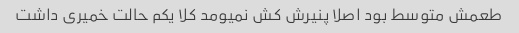
طعمش متوسط بود اصلا پنیرش کش نمیومد کلا یکم حالت خمیری داشت